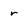
Character: r